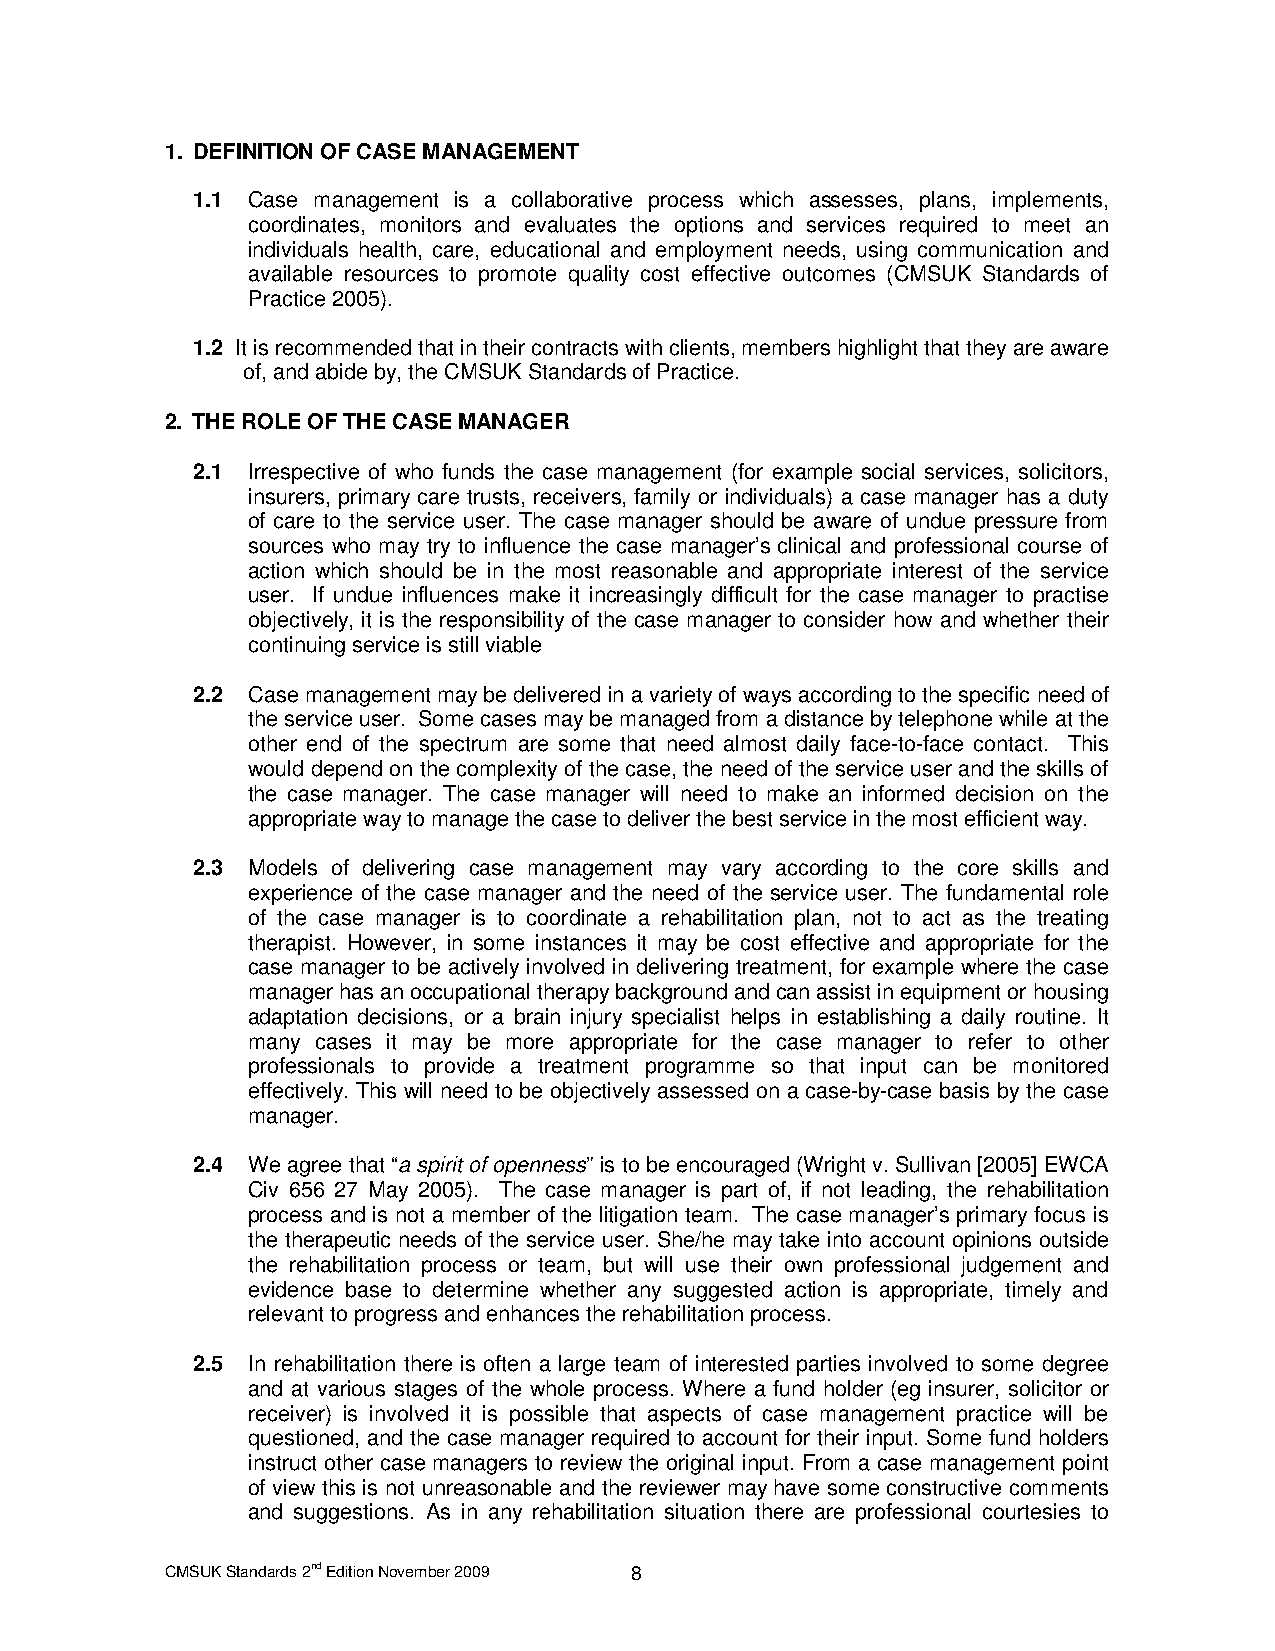
1. DEFINITION OF CASE MANAGEMENT
 1.1 Case management is a collaborative process which assesses, plans, implements,
 coordinates, monitors and evaluates the options and services required to meet an
 individuals health, care, educational and employment needs, using communication and
 available resources to promote quality cost effective outcomes (CMSUK Standards of
 Practice 2005).
 1.2 It is recommended that in their contracts with clients, members highlight that they are aware
 of, and abide by, the CMSUK Standards of Practice.
 2. THE ROLE OF THE CASE MANAGER
 2.1 Irrespective of who funds the case management (for example social services, solicitors,
 insurers, primary care trusts, receivers, family or individuals) a case manager has a duty
 of care to the service user. The case manager should be aware of undue pressure from
 sources who may try to influence the case manager’s clinical and professional course of
 action which should be in the most reasonable and appropriate interest of the service
 user. If undue influences make it increasingly difficult for the case manager to practise
 objectively, it is the responsibility of the case manager to consider how and whether their
 continuing service is still viable
 2.2 Case management may be delivered in a variety of ways according to the specific need of
 the service user. Some cases may be managed from a distance by telephone while at the
 other end of the spectrum are some that need almost daily face-to-face contact. This
 would depend on the complexity of the case, the need of the service user and the skills of
 the case manager. The case manager will need to make an informed decision on the
 appropriate way to manage the case to deliver the best service in the most efficient way.
 2.3 Models of delivering case management may vary according to the core skills and
 experience of the case manager and the need of the service user. The fundamental role
 of the case manager is to coordinate a rehabilitation plan, not to act as the treating
 therapist. However, in some instances it may be cost effective and appropriate for the
 case manager to be actively involved in delivering treatment, for example where the case
 manager has an occupational therapy background and can assist in equipment or housing
 adaptation decisions, or a brain injury specialist helps in establishing a daily routine. It
 many cases it may be more appropriate for the case manager to refer to other
 professionals to provide a treatment programme so that input can be monitored
 effectively. This will need to be objectively assessed on a case-by-case basis by the case
 manager.
 2.4 We agree that “a spirit of openness” is to be encouraged (Wright v. Sullivan [2005] EWCA
 Civ 656 27 May 2005). The case manager is part of, if not leading, the rehabilitation
 process and is not a member of the litigation team. The case manager’s primary focus is
 the therapeutic needs of the service user. She/he may take into account opinions outside
 the rehabilitation process or team, but will use their own professional judgement and
 evidence base to determine whether any suggested action is appropriate, timely and
 relevant to progress and enhances the rehabilitation process.
 2.5 In rehabilitation there is often a large team of interested parties involved to some degree
 and at various stages of the whole process. Where a fund holder (eg insurer, solicitor or
 receiver) is involved it is possible that aspects of case management practice will be
 questioned, and the case manager required to account for their input. Some fund holders
 instruct other case managers to review the original input. From a case management point
 of view this is not unreasonable and the reviewer may have some constructive comments
 and suggestions. As in any rehabilitation situation there are professional courtesies to
 CMSUK Standards 2nd Edition November 2009 8